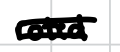
Text: rotated.
Cross-out: double-line
Writing tool: digital_black